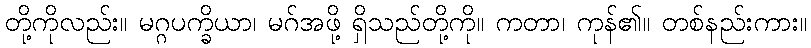
တို့ကိုလည်း။ မဂ္ဂပက္ခိယာ၊ မဂ်အဖို့ ရှိသည်တို့ကို။ ကတာ၊ ကုန်၏။ တစ်နည်းကား။